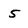
Character: 5